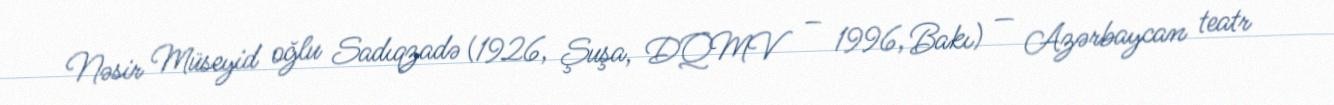
Nəsir Müseyid oğlu Sadıqzadə (1926, Şuşa, DQMV – 1996, Bakı) — Azərbaycan teatr